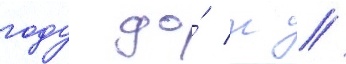
году до́ н //